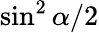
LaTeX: \sin^{2}\alpha/2